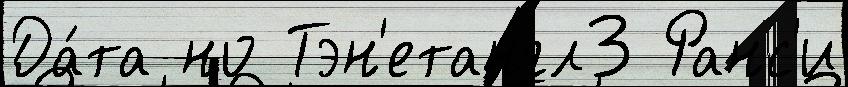
Да́та но Тэн'етангл3 Ранс'и